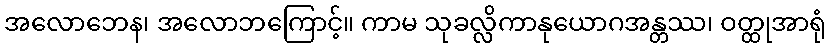
အလောဘေန၊ အလောဘကြောင့်။ ကာမ သုခလ္လိကာနုယောဂအန္တဿ၊ ဝတ္ထုအာရုံ